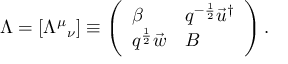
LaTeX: \Lambda = [ { { \mit \Lambda } ^ { \mu } } _ { \nu } ] \equiv \left( \begin{array} { l l } { { \beta } } & { { q ^ { - \frac 1 2 } \vec { u } ^ { \dagger } } } \\ { { q ^ { \frac 1 2 } \vec { w } } } & { { B } } \end{array} \right) .